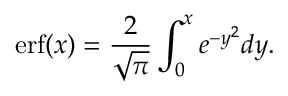
\mathrm { e r f } ( x ) = \frac { 2 } { \sqrt { \pi } } \int _ { 0 } ^ { x } e ^ { - y ^ { 2 } } d y .